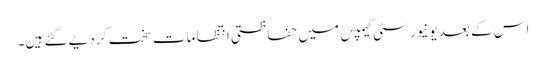
اس کے بعد یونیورسٹی کیمپس میں حفاظتی انتظامات سخت کر دیے گئے ہیں۔